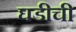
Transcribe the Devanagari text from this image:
घडीची